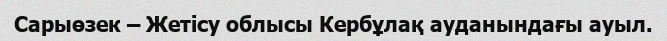
Сарыөзек – Жетісу облысы Кербұлақ ауданындағы ауыл.